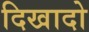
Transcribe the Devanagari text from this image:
दिखादो